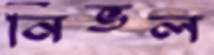
নিভল